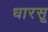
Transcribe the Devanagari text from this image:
धारसू